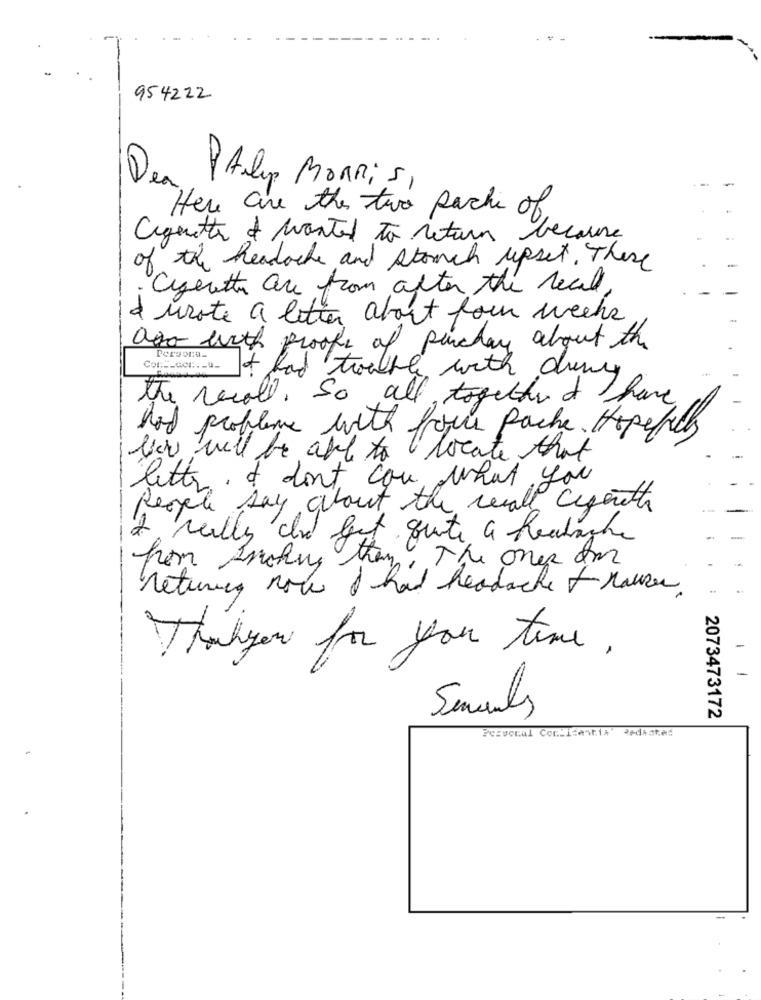
954222
De
en
PARles Morris,
Here are the two pack of.
agents of wanted to return
because
of the headache and Atouch upset. There
Cigarette are from after the real
durote a letter about four weeks
ago with proof of purchase about the
Con cor + had twoabre
attle with duny
the recall, So all together I have
hod probleme with for Pache. Hopefuly
low will be able to locate that
letter . I don't you what you
people say about the wall cigenethe
really did get quite a headache
then The ones am
from Smoking.
returning now I had headache frauke
Thankyou for your time,
2073473172
Pervocal ConLicastia' Redate: